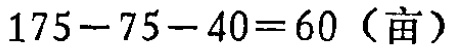
\(175 - 75 - 40 = 60 \text{（亩）}\)